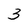
Character: 3